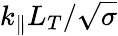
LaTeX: k_{\parallel}L_{T}/\sqrt{\sigma}